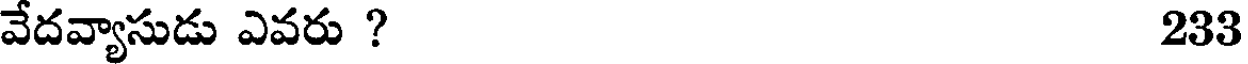
వేదవ్యాసుడు ఎవరు ? 233